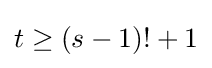
t\geq (s-1)!+1